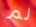
لم